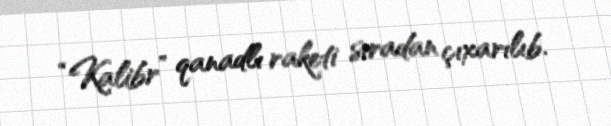
“Kalibr” qanadlı raketi sıradan çıxarılıb.